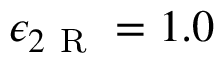
\epsilon _ { 2 \mathrm { ~ R ~ } } = 1 . 0